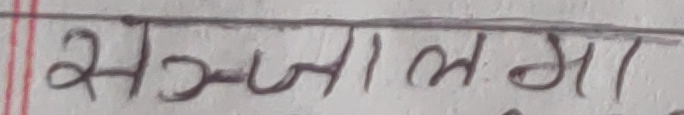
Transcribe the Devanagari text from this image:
सञ्जालमा